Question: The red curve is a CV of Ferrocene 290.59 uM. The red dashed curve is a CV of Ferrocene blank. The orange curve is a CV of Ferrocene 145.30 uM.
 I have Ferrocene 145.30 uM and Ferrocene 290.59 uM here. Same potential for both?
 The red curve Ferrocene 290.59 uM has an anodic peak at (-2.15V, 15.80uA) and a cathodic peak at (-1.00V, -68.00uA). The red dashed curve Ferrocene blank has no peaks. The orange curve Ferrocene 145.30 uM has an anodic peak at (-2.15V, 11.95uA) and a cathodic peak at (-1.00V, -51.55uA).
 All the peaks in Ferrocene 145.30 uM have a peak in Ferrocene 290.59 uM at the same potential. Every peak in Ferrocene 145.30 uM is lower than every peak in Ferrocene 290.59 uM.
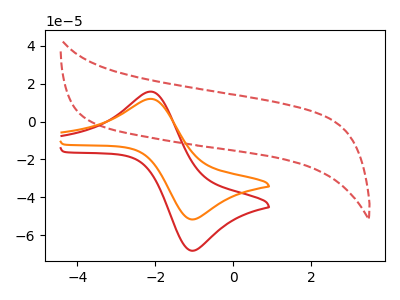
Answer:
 <answer>"Ferrocene 145.30 uM" and "Ferrocene 290.59 uM" are similar in shape.</answer>
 <eval>same_shape</eval>